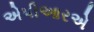
એપીઆરએ